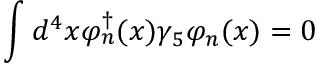
\int d ^ { 4 } x \varphi _ { n } ^ { \dagger } ( x ) \gamma _ { 5 } \varphi _ { n } ( x ) = 0